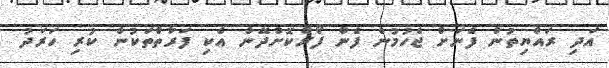
އަދި ރައްޔިތުން ފެނަށް ޖެހުމުން ފެން ފޯރުކޮށްދޭން އެކި ފަރާތްތަކުން ކުރި ހަރަދު